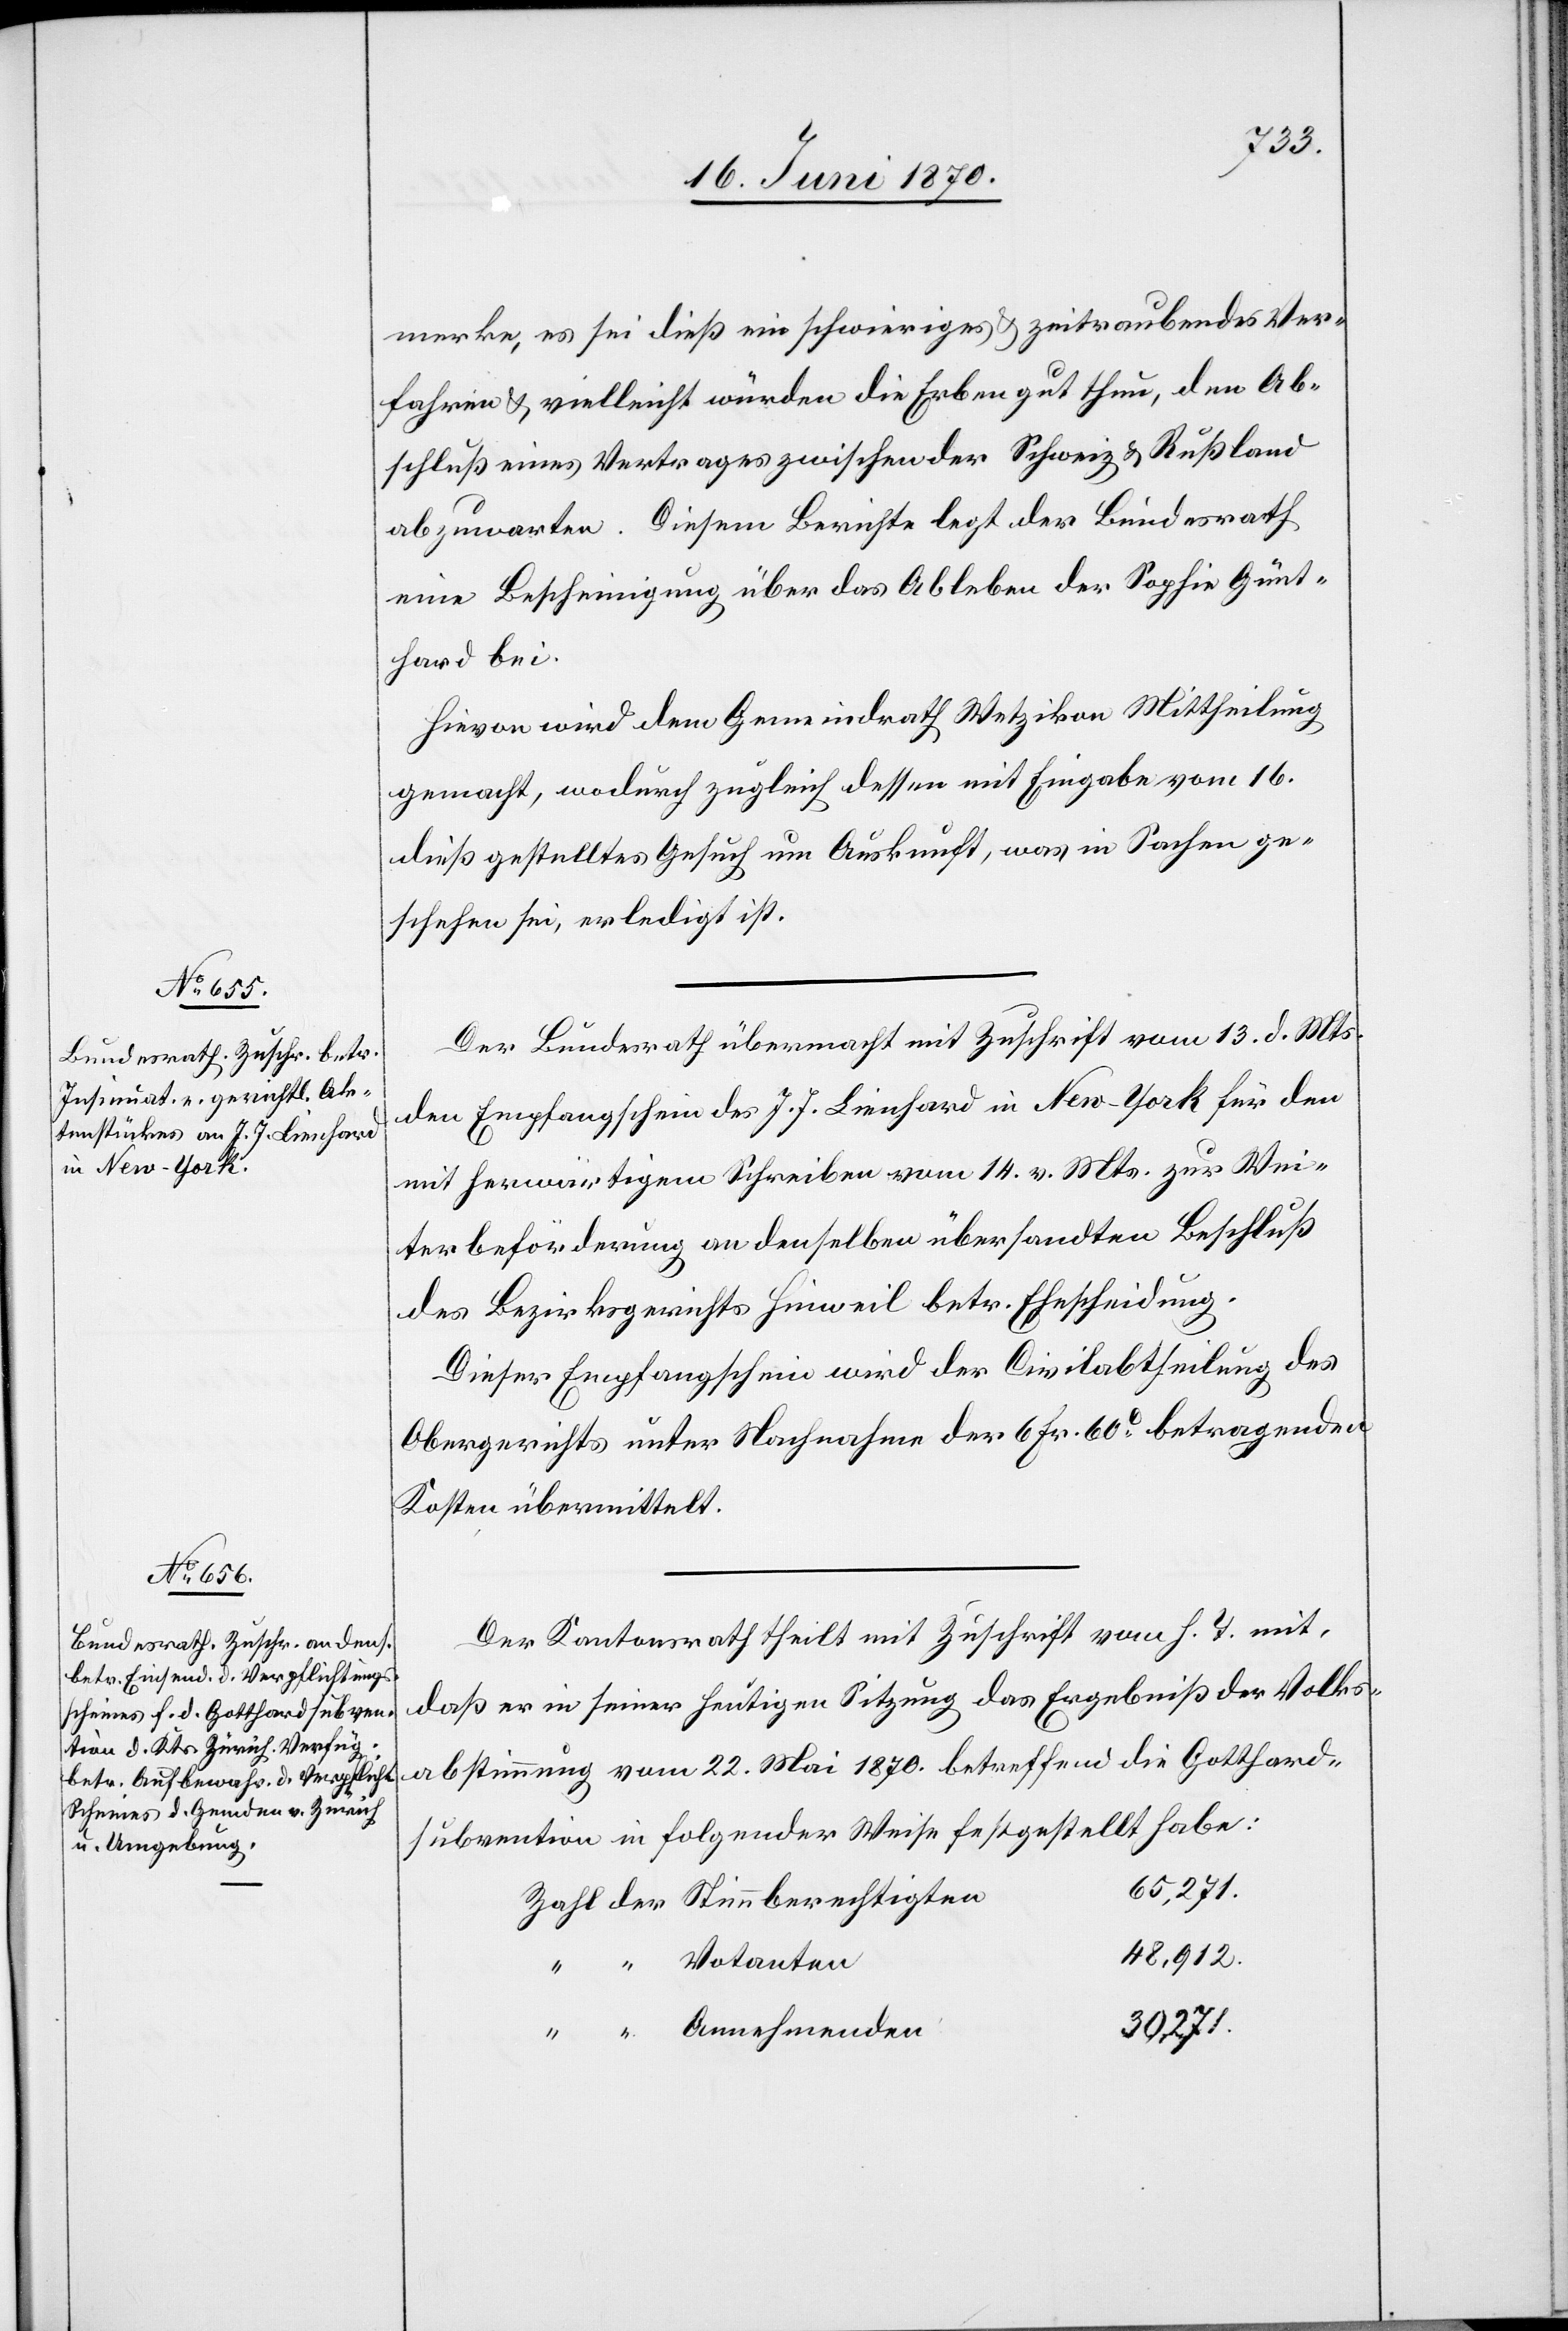
20. Juni 1870.]
merke, es sei dieß ein schwieriges & zeitraubendes Ver¬
fahren & vielleicht würden die Erben gut thun, den Ab¬
schluß eines Vertrages zwischen der Schweiz & Rußland
abzuwarten. Diesem Berichte legt der Bundesrath
eine Bescheinigung über das Ableben der Sophie Günt¬
hard bei.
Hievon wird dem Gemeindrath Wetzikon Mittheilung
gemacht, wodurch zugleich dessen mit Eingabe vom 16.
dieß gestelltes Gesuch um Auskunft, was in Sachen ge¬
schehen sei, erledigt ist.
Der Bundesrath übermacht mit Zuschrift vom 13. d. Mts.
den Empfangschein des J. J. Lienhard in New-York für den
mit herwärtigem Schreiben vom 14. v. Mts. zur Wei¬
terbeförderung an denselben übersandten Beschluß
des Bezirksgerichts Hinweil betr. Ehescheidung.
Dieser Empfangschein wird der Civilabtheilung des
Obergerichts unter Nachnahme der 6 Fr. 60c betragenden
Kosten übermittelt.
Der Kantonsrath theilt mit Zuschrift vom h. T. mit,
daß er in seiner heutigen Sitzung das Ergebniß der Volks¬
abstimmung vom 22. Mai 1870. betreffend die Gotthard¬
subvention in folgender Weise festgestellt habe:
65,271.
48,912.
30,271.